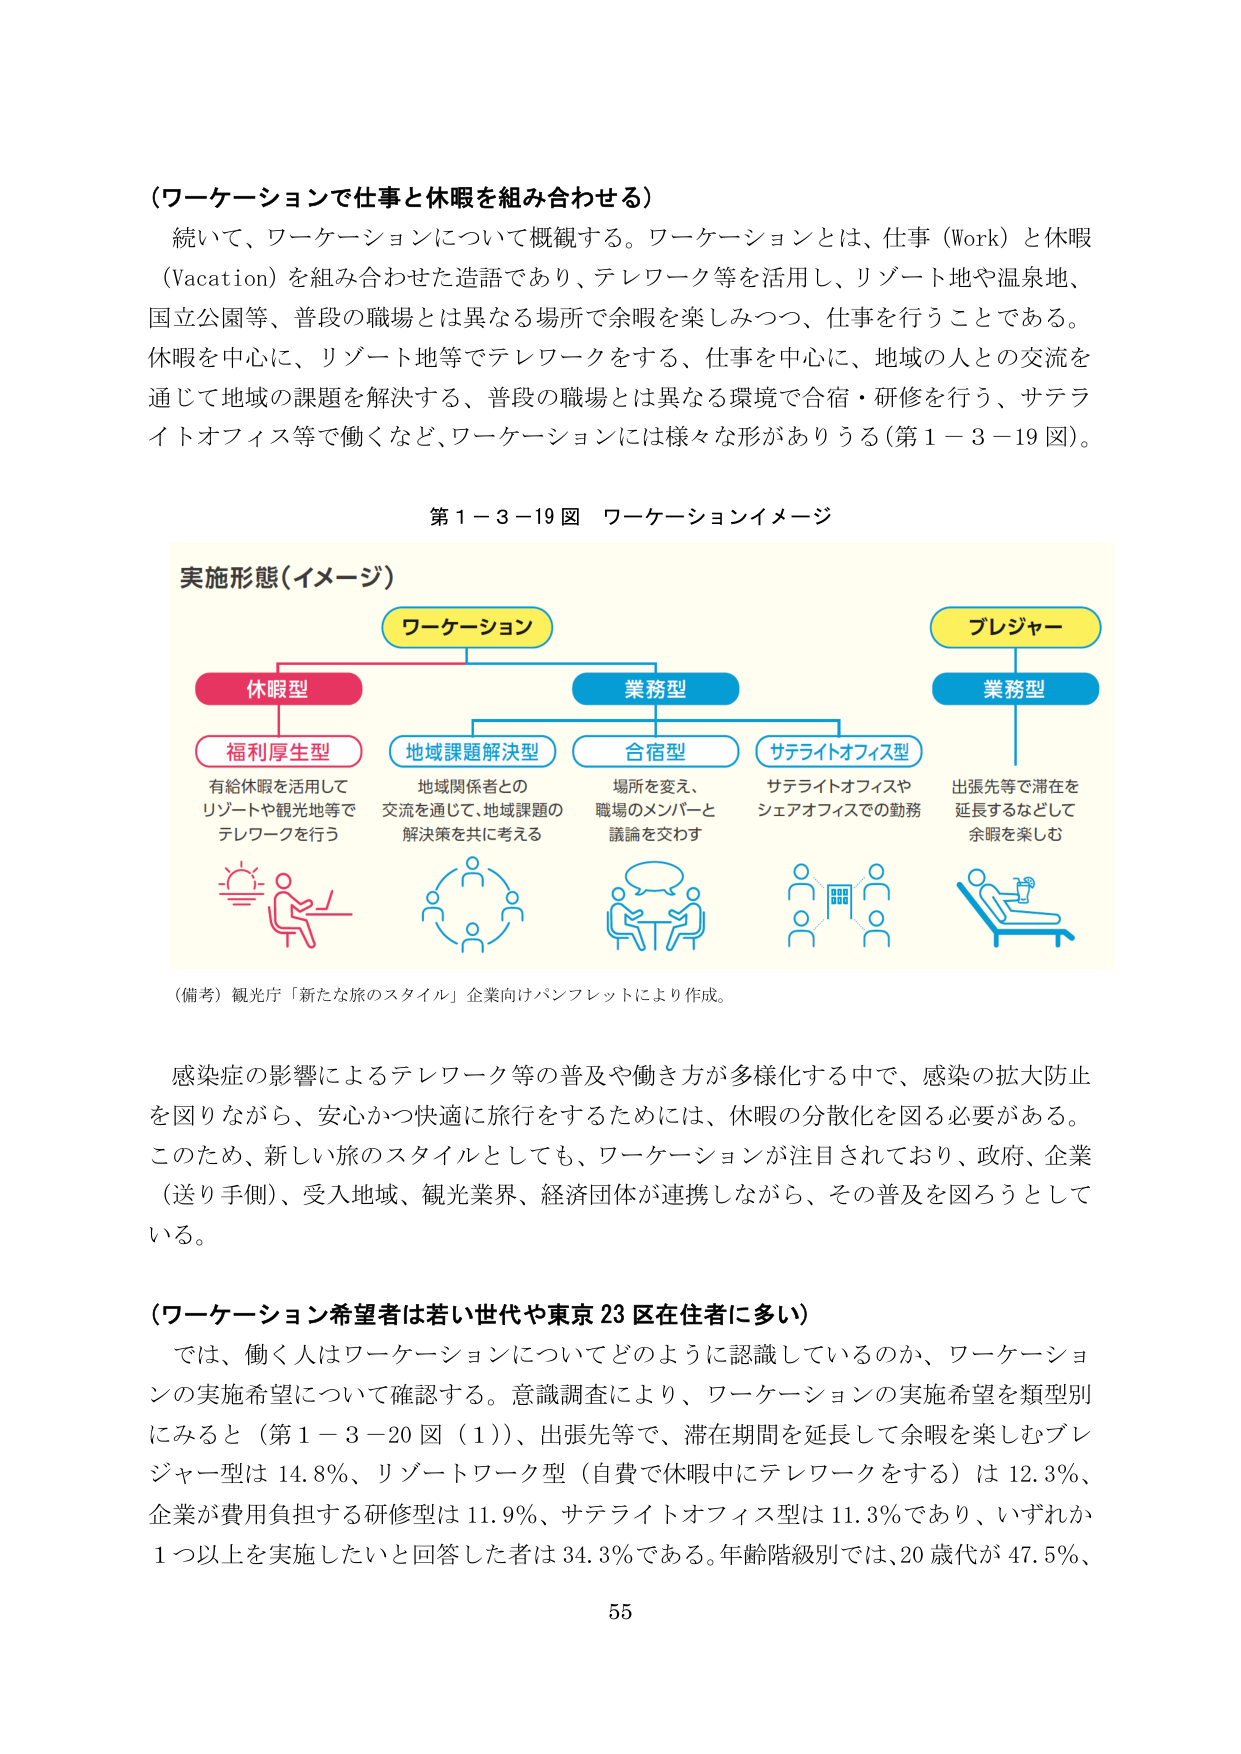
（ワーケーションで仕事と休暇を組み合わせる）

続いて、ワーケーションについて概観する。ワーケーションとは、仕事（Work）と休暇（Vacation）を組み合わせた造語であり、テレワーク等を活用し、リゾート地や温泉地、国立公園等、普段の職場とは異なる場所で余暇を楽しみつつ、仕事を行うことである。休暇を中心に、リゾート地等でテレワークをする、仕事を中心に、地域の人との交流を通じて地域の課題を解決する、普段の職場とは異なる環境で合宿・研修を行う、サテライトオフィス等で働くなど、ワーケーションには様々な形がありうる（第１－３－19図）。

第１－３－19図 ワーケーションイメージ

実施形態（イメージ）

ワーケーション

休暇型
　福利厚生型
　　有給休暇を活用して
　　リゾートや観光地等で
　　テレワークを行う

業務型
　地域課題解決型
　　地域関係者との
　　交流を通じて、地域課題の
　　解決策を共に考える

　合宿型
　　場所を変え、
　　職場のメンバーと
　　議論を交わす

　サテライトオフィス型
　　サテライトオフィスや
　　シェアオフィスでの勤務

プレジャー
　業務型
　　出張先等で滞在を
　　延長するなどして
　　余暇を楽しむ

（備考）観光庁「新たな旅のスタイル」企業向けパンフレットにより作成。

感染症の影響によるテレワーク等の普及や働き方が多様化する中で、感染の拡大防止を図りながら、安心かつ快適に旅行をするためには、休暇の分散化を図る必要がある。このため、新しい旅のスタイルとしても、ワーケーションが注目されており、政府、企業（送り手側）、受入地域、観光業界、経済団体が連携しながら、その普及を図ろうとしている。

（ワーケーション希望者は若い世代や東京23区在住者に多い）

では、働く人はワーケーションについてどのように認識しているのか、ワーケーションの実施希望について確認する。意識調査により、ワーケーションの実施希望を類型別にみると（第１－３－20図（1））、出張先等で、滞在期間を延長して余暇を楽しむプレジャー型は14.8％、リゾートワーク型（自費で休暇中にテレワークをする）は12.3％、企業が費用負担する研修型は11.9％、サテライトオフィス型は11.3％であり、いずれか1つ以上を実施したいと回答した者は34.3％である。年齢階級別では、20歳代が47.5％、

55